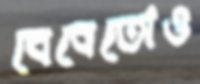
বেবেতোও